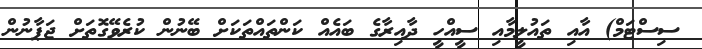
ސިސްޓަމް) އާއި ތައުލީމާއި ސީއްހީ ދާއިރާގެ ބައެއް ކަންތައްތަކަށް ބޭނުން ކުރެވޭގޮތަށް ޖަޕާނުން